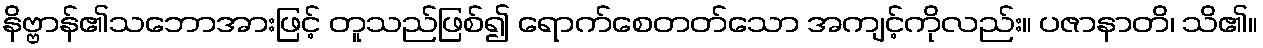
နိဗ္ဗာန်၏သဘောအားဖြင့် တူသည်ဖြစ်၍ ရောက်စေတတ်သော အကျင့်ကိုလည်း။ ပဇာနာတိ၊ သိ၏။